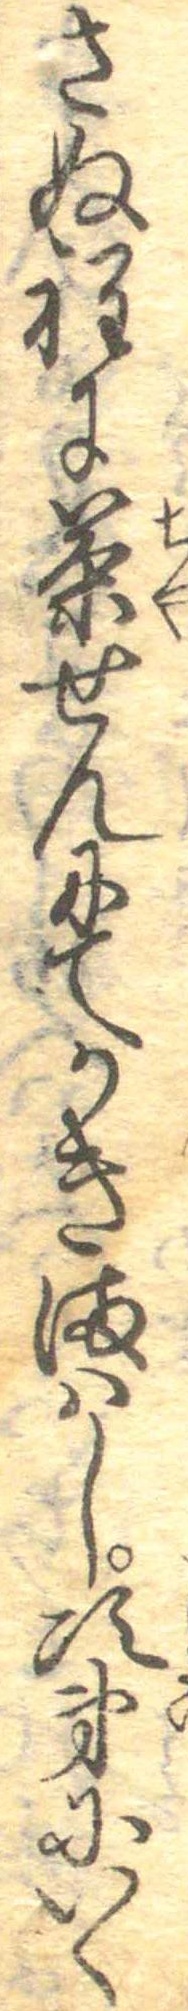
さぬ程に茶せんにてかきまはし次第にいく